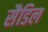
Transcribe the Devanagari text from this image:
सैडिल